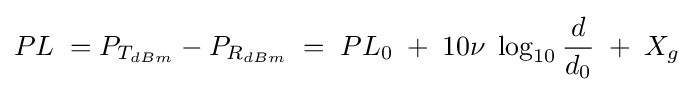
PL\;=P_{T_{dBm}}-P_{R_{dBm}}\;=\;PL_{0}\;+\;10\nu \;\log _{10}{\frac {d}{d_{0}}}\;+\;X_{g}